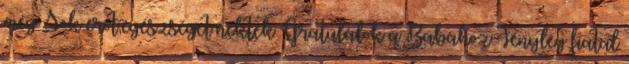
meg Sok erőt,egészséget nektek Gratulálok a Babához Tényleg fiatal